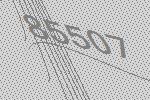
85507